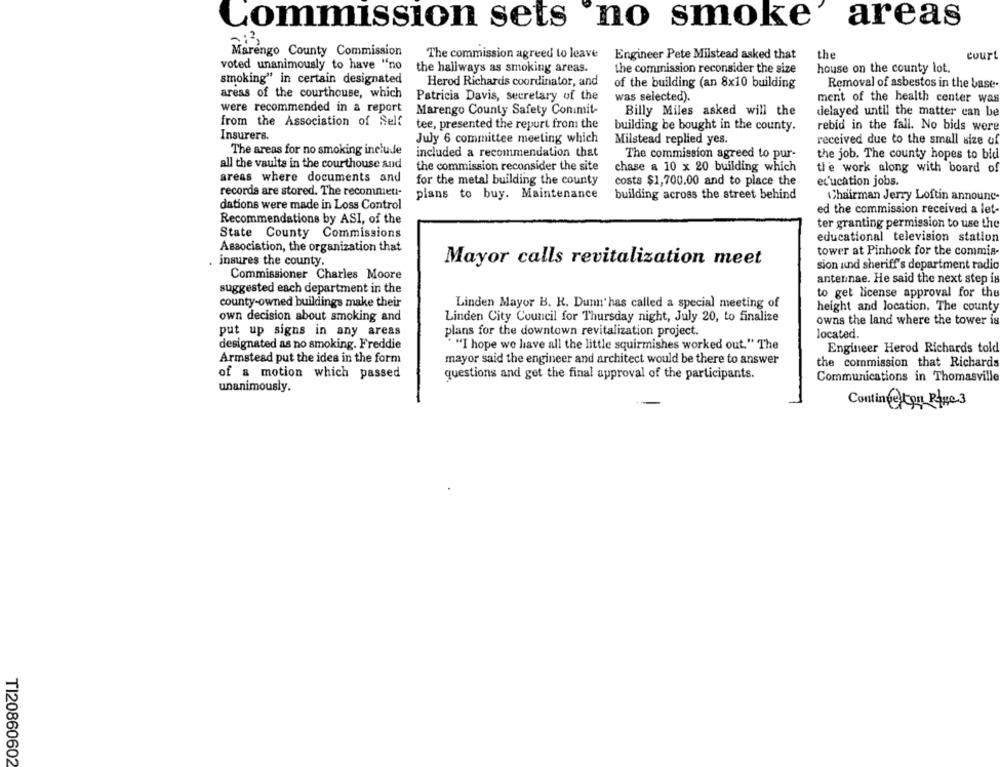
areas
Commission sets no smoke
Marengo County Commission
The commission agreed to leave
the
Engineer Pete Milstead asked that
court
voted unanimously to have "no
the hallways as smoking areas.
the commission reconsider the size
house on the county lot.
smoking" in certain designated
Herod Richards coordinator, and
of the building (an 8x10 building
Removal of asbestos in the base
areas of the courthouse, which
Patricia Davis, secretary of the
was selected).
ment of the health center was
were recommended in a report
Marengo County Safety Conimit-
Billy Miles asked will the
delayed until the matter can be
from the Association of Self
tee, presented the report from the
building be bought in the county.
rebid in the fall. No bids were
Insurers.
July 6 committee meeting which
Milstead replied yes.
received due to the small size of
The areas for no smoking include
included a recommendation that
The commission agreed to pur-
the job. The county hopes to bid
all the vaults in the courthouse and
the commission reconsider the site
chase a 10 x 20 building which
the work along with board of
areas where documents and
for the metal building the county
costs $1,700.00 and to place the
ec'ucation jobs.
records are stored. The recommen-
plans to buy. Maintenance
building across the street behind
Chairman Jerry Loftin announe
dations were made in Loss Control
ed the commission received a let-
Recommendations by ASI, of the
ter granting permission to use the
State County Commissions
educational television station
Association, the organization that
tower at Pinhook for the commis
insures the county.
Mayor calls revitalization meet
sion und sheriff's department radio
Commissioner Charles Moore
antennae. He said the next step is
suggested each department in the
to get license approval for the
county-owned buildings make their
Linden Mayor B. K. Dunn'has called a special meeting of
height and location. The county
own decision about smoking and
Linden City Council for Thursday night, July 20, to finalize
owns the land where the tower is
put up signs in any areas
plans for the downtown revitalization project.
located.
designated as no smoking. Freddie
" "I hope we have all the little squirmishes worked out." The
Engineer Herod Richards told
Armstead put the idea in the form
mayor said the engineer and architect would be there to answer
the commission that Richards
of a motion which passed
questions and get the final approval of the participants.
Communications in Thomasville
unanimously.
Contin tor Riye 3
TI20860602